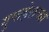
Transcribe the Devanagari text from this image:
गुप्तहेराच्या